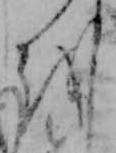
を